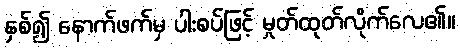
နှစ်၍ နောက်ဖက်မှ ပါးစပ်ဖြင့် မှုတ်ထုတ်လိုက်လေ၏။